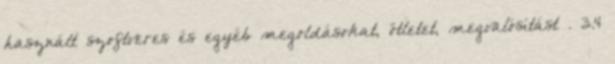
használt szoftveres és egyéb megoldásokat, ötletet, megvalósítást . 3.4